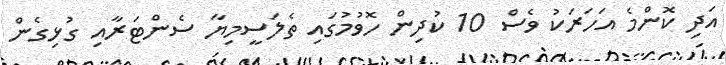
އަދި ކޮންމެ އަހަރަކު ވެސް 10 ކުދިން ހޮވުމުގައި ތެލަސީމިޔާ ސެންޓަރާއި ގުޅިގެން